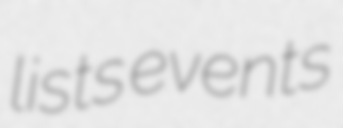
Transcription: lists events